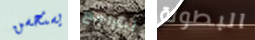
يستحسن ليتراجع البطولة